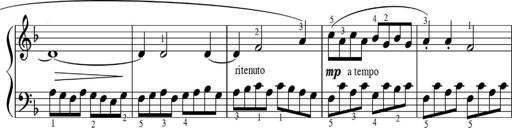
Title: Sonatinas
Composer: Andrew Violette